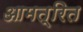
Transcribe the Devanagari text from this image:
आमत्रित